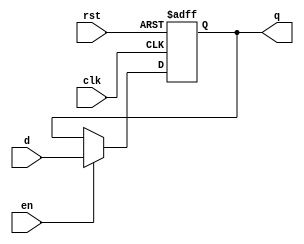
module dflipflop (
    /* Port Declarations */
    input d,     // Input Data
    input clk,   // Clock Signal
    input en,    // Enable Flip-Flop
    input rst,   // Reset Flip-Flop
    output reg q // Flip-Flop Stored Data
);

/* D Flip-Flop Logic */
    always @ (posedge clk, posedge rst) begin
        if(rst) 
        begin: reset_flip_flop
            q <= 1'b0;
        end
        else if(en)
        begin: register_input_data
            q <= d;
        end
    end
endmodule